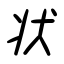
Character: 状